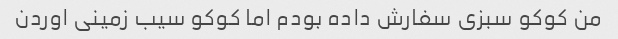
من کوکو سبزی سفارش داده بودم اما کوکو سیب زمینی اوردن